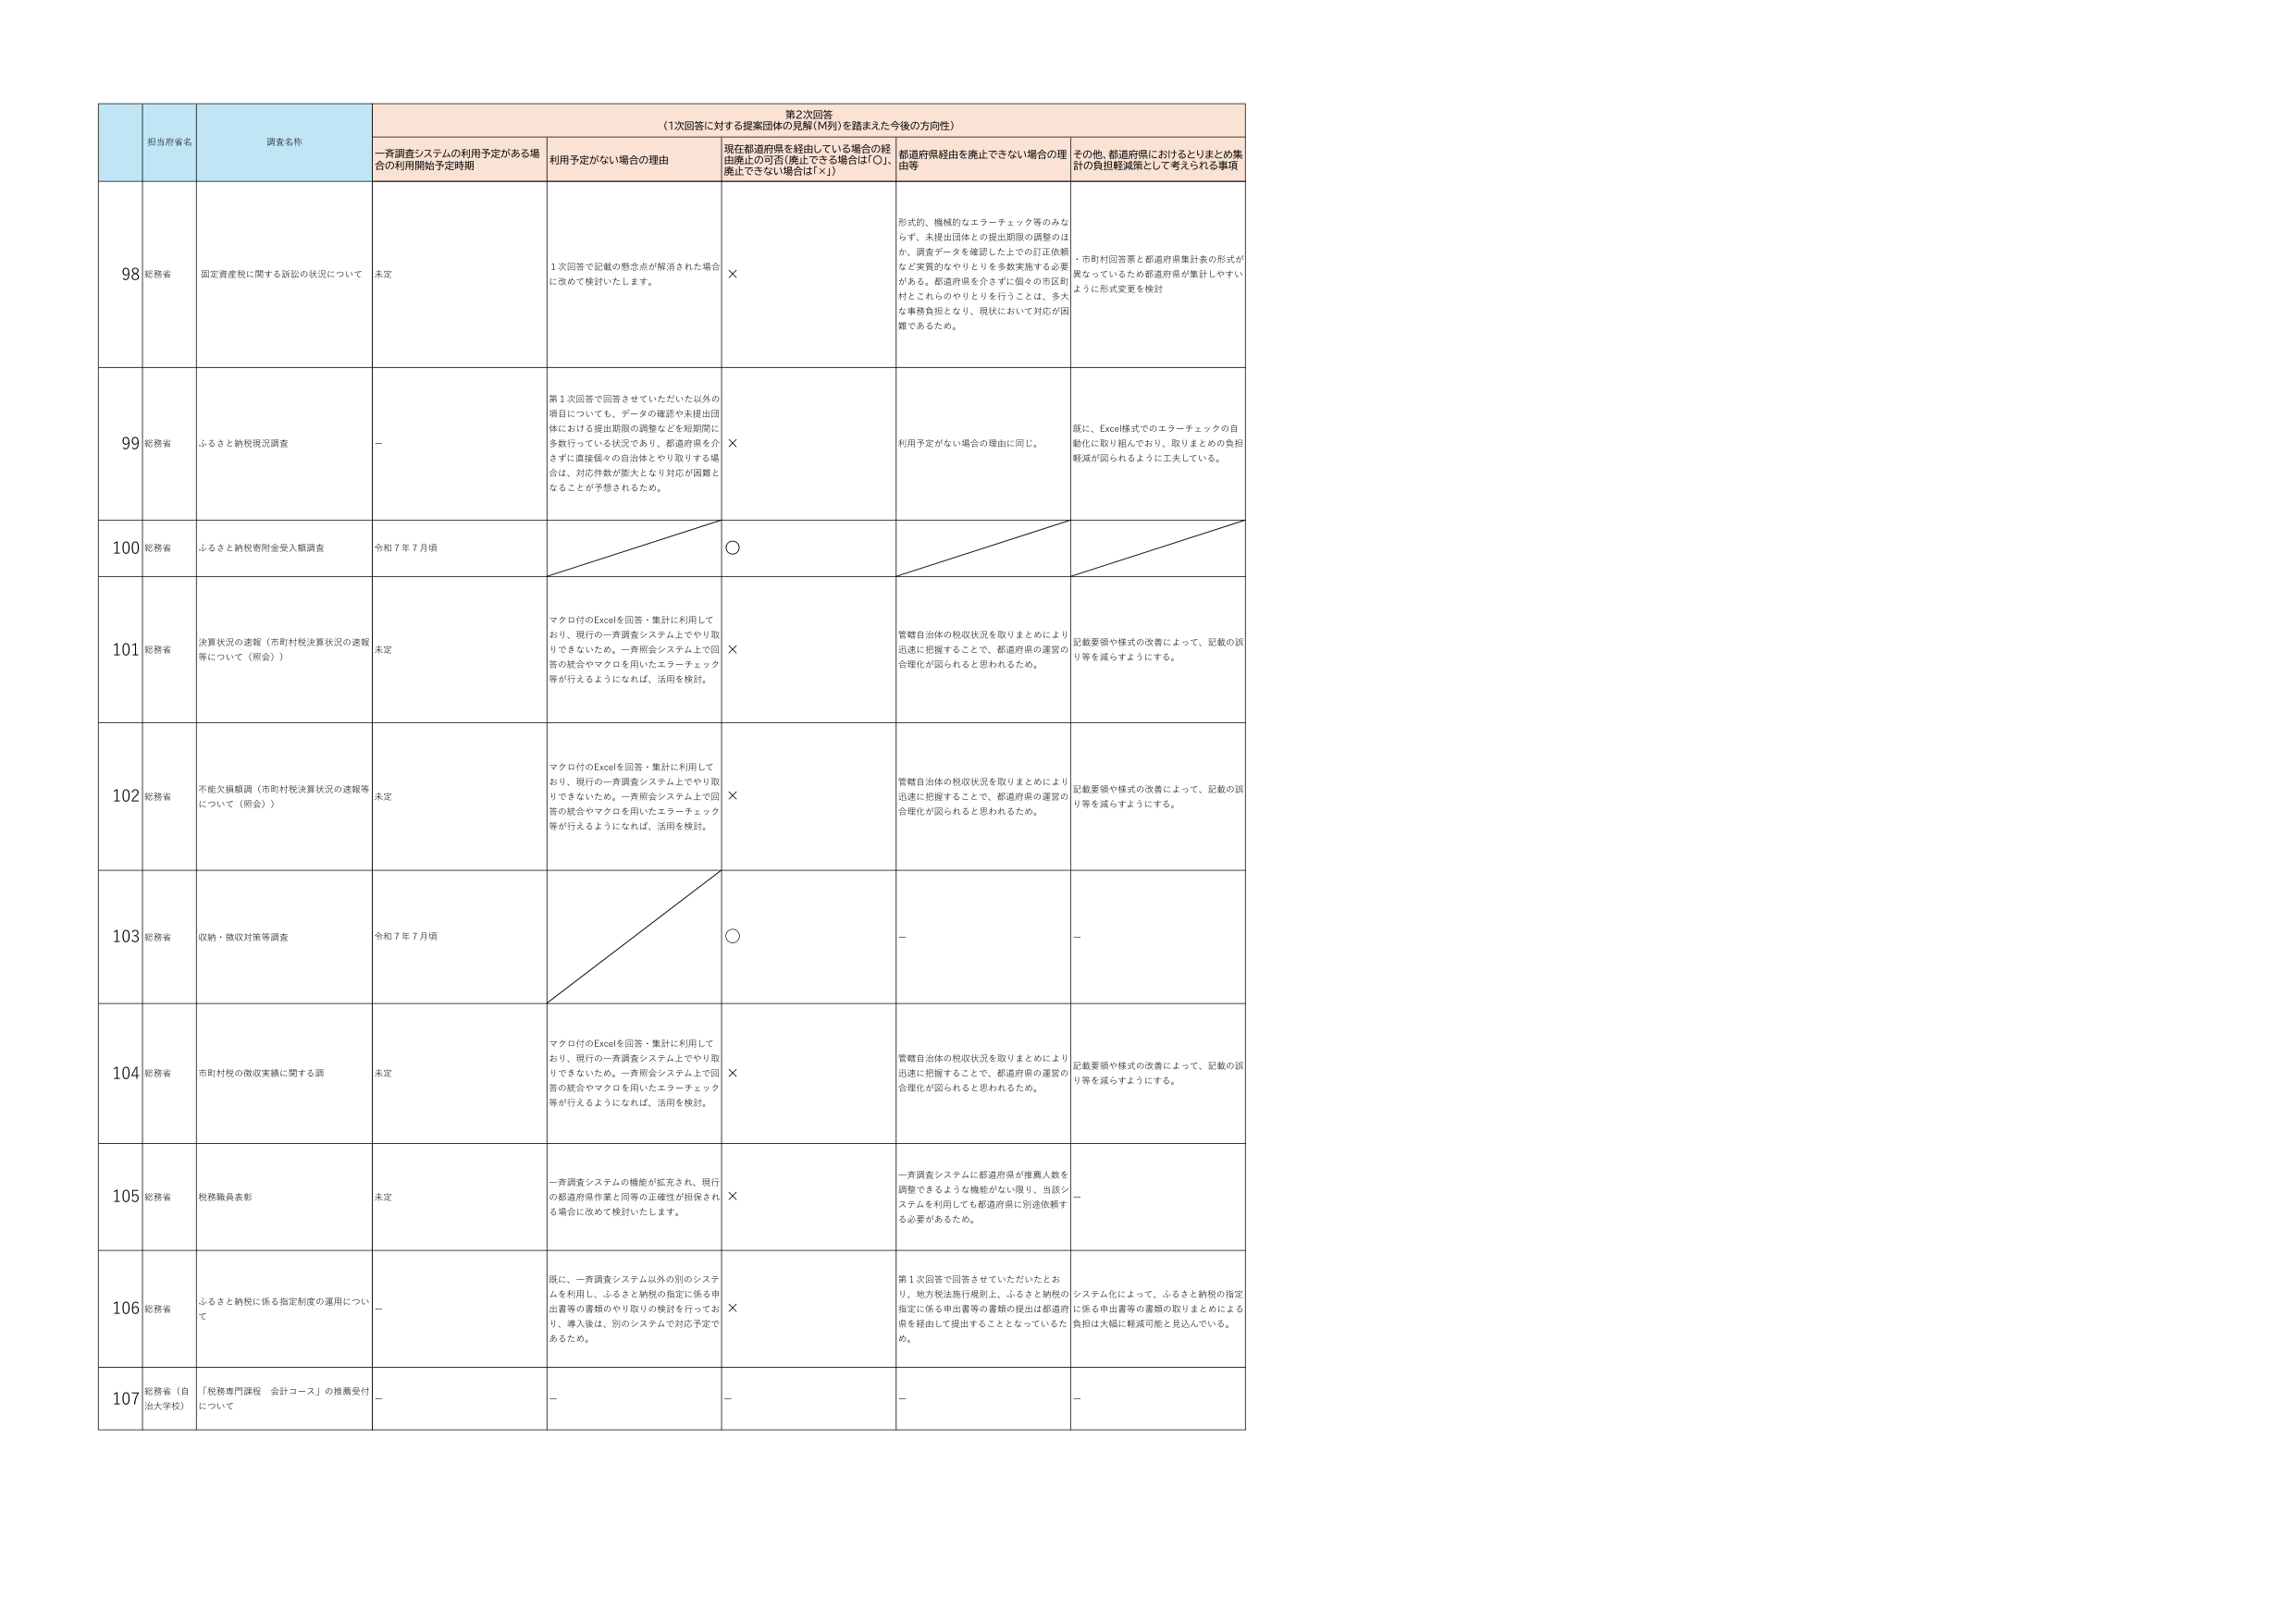
第2次回答
（1次回答に対する提案団体の見解（M列）を踏まえた今後の方向性）

担当府省名
調査名称
一斉調査システムの利用予定がある場合の利用開始予定時期
利用予定がない場合の理由
現在都道府県を経由している場合の経由廃止の可否（廃止できる場合は「○」、廃止できない場合は「×」）
都道府県経由を廃止できない場合の理由等
その他、都道府県におけるとりまとめ集計の負担軽減策として考えられる事項

98
総務省
固定資産税に関する訴訟の状況について
未定
1次回答で記載の懸念点が解消された場合に改めて検討いたします。
×
形式的、機械的なエラーチェック等のみならず、未提出団体との提出期限の調整のはか、調査データを確認した上での訂正依頼など実質的なやりとりを多数実施する必要がある。都道府県を介さずに個々の市区町村とこれらのやりとりを行うことは、多大な事務負担となり、現状において対応が困難であるため。
・市町村回答票と都道府県集計表の形式が異なっているため都道府県が集計しやすいように形式変更を検討

99
総務省
ふるさと納税現況調査
－
第1次回答で回答させていただいた以外の項目についても、データの確認や未提出団体における提出期限の調整などを短期間に多数行っている状況であり、都道府県を介さずに直接個々の自治体とやり取りする場合は、対応件数が膨大となり対応が困難となることが予想されるため。
×
利用予定がない場合の理由に同じ。
既に、Excel形式でのエラーチェックの自動化に取り組んでおり、取りまとめの負担軽減が図られるように工夫している。

100
総務省
ふるさと納税寄附金受入額調査
令和7年7月頃
○

101
総務省
決算状況の速報（市町村税決算状況の速報等について（照会））
未定
マクロ付のExcelを回答・集計に利用しており、現行の一斉調査システム上でやり取りできないため。一斉照会システム上で回答の統合やマクロを用いたエラーチェック等が行えるようになれば、活用を検討。
×
管轄自治体の税収状況を取りまとめにより迅速に把握することで、都道府県の運営の合理化が図られると思われるため。
記載要領や様式の改善によって、記載の誤り等を減らすようにする。

102
総務省
不能欠損額調（市町村税決算状況の速報等について（照会））
未定
マクロ付のExcelを回答・集計に利用しており、現行の一斉調査システム上でやり取りできないため。一斉照会システム上で回答の統合やマクロを用いたエラーチェック等が行えるようになれば、活用を検討。
×
管轄自治体の税収状況を取りまとめにより迅速に把握することで、都道府県の運営の合理化が図られると思われるため。
記載要領や様式の改善によって、記載の誤り等を減らすようにする。

103
総務省
収納・徴収対策等調査
令和7年7月頃
○
－
－

104
総務省
市町村税の徴収実績に関する調
未定
マクロ付のExcelを回答・集計に利用しており、現行の一斉調査システム上でやり取りできないため。一斉照会システム上で回答の統合やマクロを用いたエラーチェック等が行えるようになれば、活用を検討。
×
管轄自治体の税収状況を取りまとめにより迅速に把握することで、都道府県の運営の合理化が図られると思われるため。
記載要領や様式の改善によって、記載の誤り等を減らすようにする。

105
総務省
税務職員表彰
未定
一斉調査システムの機能が拡充され、現行の都道府県作業と同等の正確性が担保される場合に改めて検討いたします。
×
一斉調査システムに都道府県が推薦人数を調整できるような機能がない限り、当該システムを利用しても都道府県に別途依頼する必要があるため。
－

106
総務省
ふるさと納税に係る指定制度の運用について
－
既に、一斉調査システム以外の別のシステムを利用し、ふるさと納税の指定に係る申出書等の書類のやり取りの検討を行っており、導入後は、別のシステムで対応予定であるため。
×
第1次回答で回答させていただいたとおり、地方税法施行規則上、ふるさと納税の指定に係る申出書等の書類の提出は都道府県を経由して提出することとなっているため。
システム化によって、ふるさと納税の指定に係る申出書等の書類の取りまとめによる負担は大幅に軽減可能と見込んでいる。

107
総務省（自治大学校）
「税務専門課程 会計コース」の推薦受付について
－
－
－
－